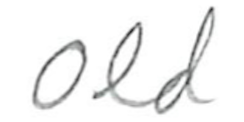
Text: Old
Cross-out: clean
Writing tool: pencil